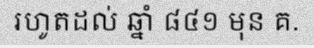
រហូតដល់ ឆ្នាំ ៨៤១ មុន គ.